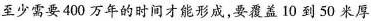
至少需要400万奶奶的时间才能形成，要覆盖10到50米厚